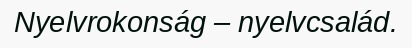
Nyelvrokonság – nyelvcsalád.